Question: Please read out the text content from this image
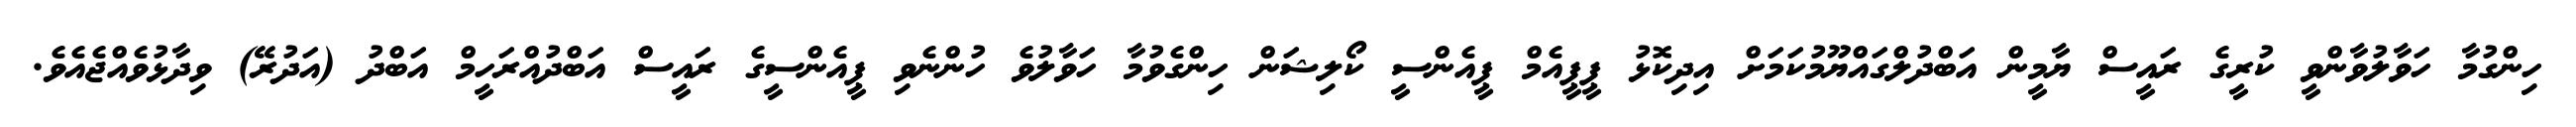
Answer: ހިންގުމާ ހަވާލުވާންވީ ކުރީގެ ރައީސް ޔާމީން އަބްދުލްގައްޔޫމުކަމަށް އިދިކޮޅު ޕީޕީއެމް ޕީއެންސީ ކޯލިޝަން ހިންގެވުމާ ހަވާލުވެ ހުންނެވި ޕީއެންސީގެ ރައީސް އަބްދުއްރަހީމް އަބްދު (އަދުރޭ) ވިދާޅުވެއްޖެއެވެ.